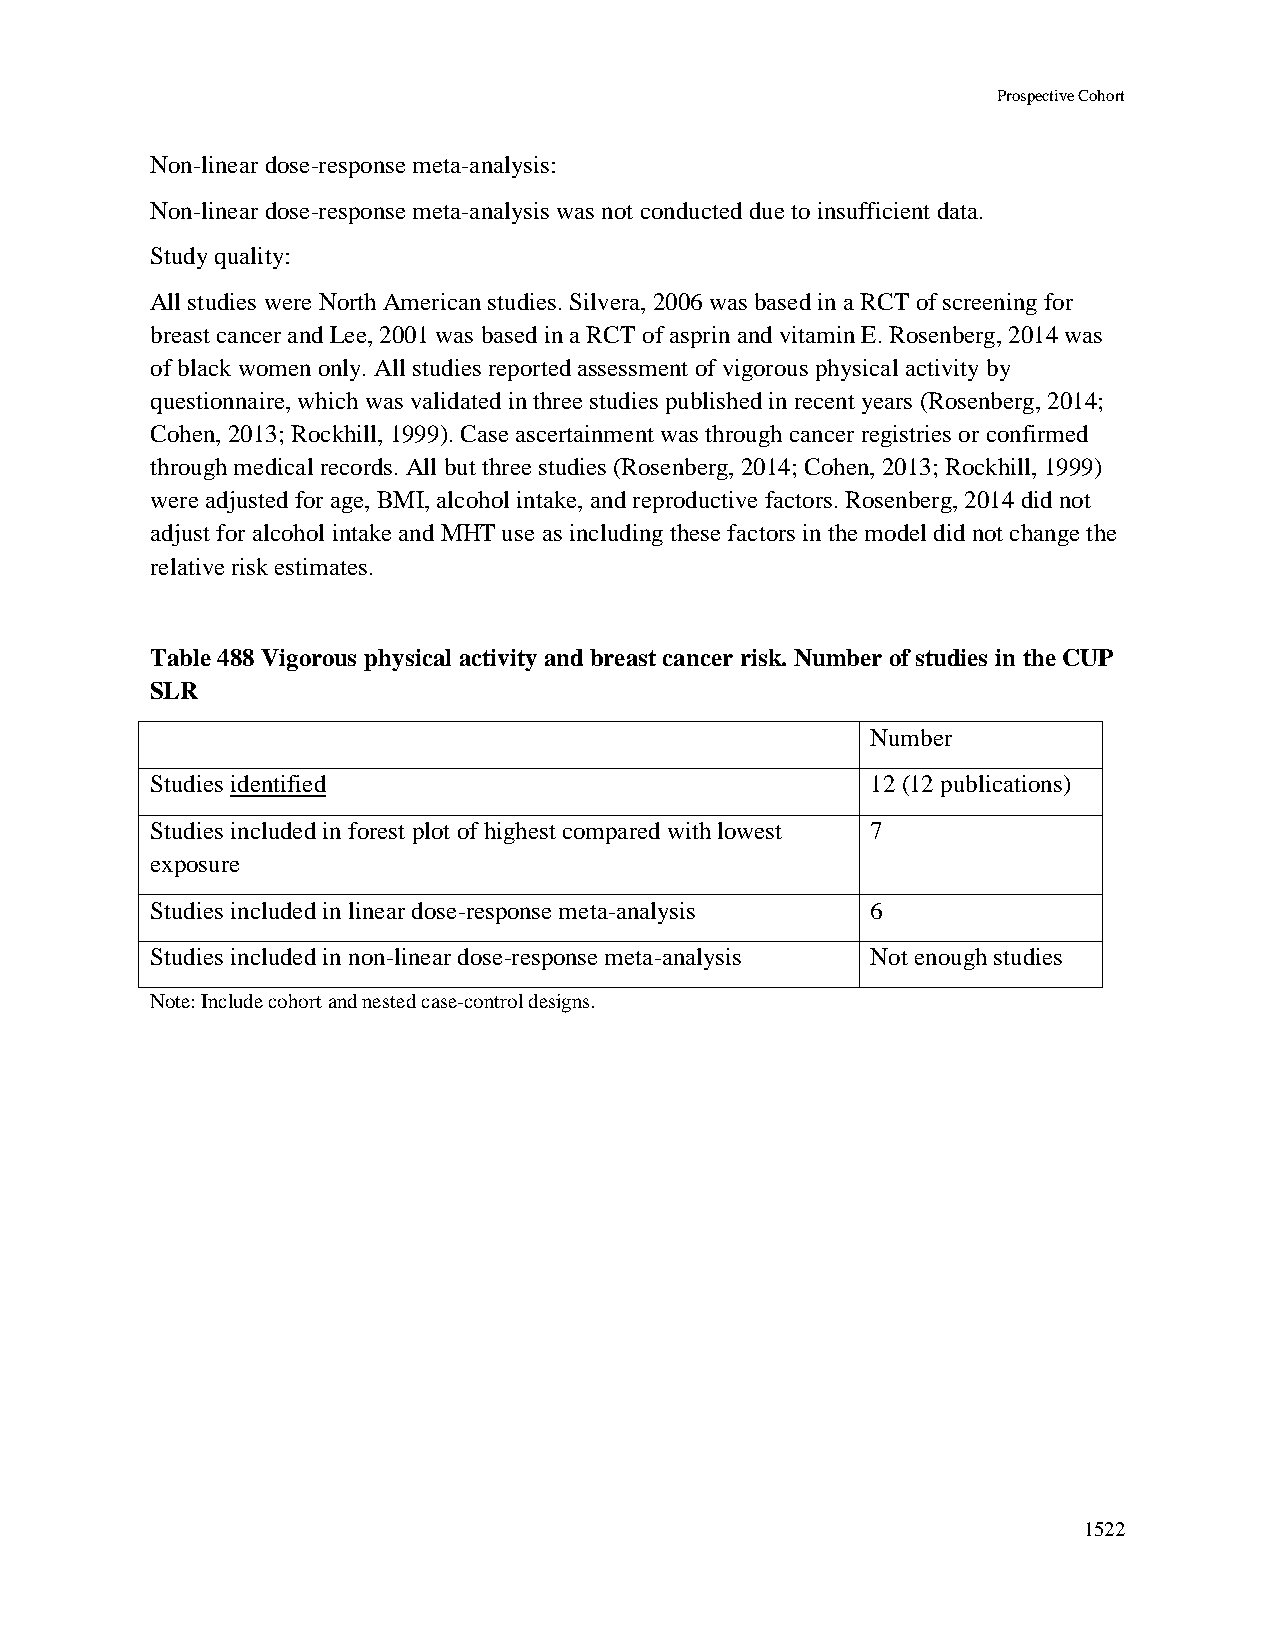
Prospective Cohort
 Non-linear dose-response meta-analysis:
 Non-linear dose-response meta-analysis was not conducted due to insufficient data.
 Study quality:
 All studies were North American studies. Silvera, 2006 was based in a RCT of screening for
 breast cancer and Lee, 2001 was based in a RCT of asprin and vitamin E. Rosenberg, 2014 was
 of black women only. All studies reported assessment of vigorous physical activity by
 questionnaire, which was validated in three studies published in recent years (Rosenberg, 2014;
 Cohen, 2013; Rockhill, 1999). Case ascertainment was through cancer registries or confirmed
 through medical records. All but three studies (Rosenberg, 2014; Cohen, 2013; Rockhill, 1999)
 were adjusted for age, BMI, alcohol intake, and reproductive factors. Rosenberg, 2014 did not
 adjust for alcohol intake and MHT use as including these factors in the model did not change the
 relative risk estimates.
 Table 488 Vigorous physical activity and breast cancer risk. Number of studies in the CUP
 SLR
 Number
 Studies identified                              12 (12 publications)
 Studies included in forest plot of highest compared with lowest 7
 exposure
 Studies included in linear dose-response meta-analysis 6
 Studies included in non-linear dose-response meta-analysis Not enough studies
 Note: Include cohort and nested case-control designs.
 1522